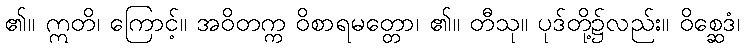
၏။ ဣတိ၊ ကြောင့်။ အဝိတက္က ဝိစာရမတ္တော၊ ၏။ တီသု။ ပုဒ်တို့၌လည်း။ ဝိစ္ဆေဒံ၊